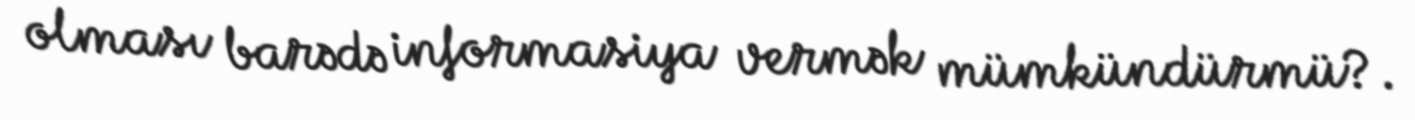
olması barədə informasiya vermək mümkündürmü?.